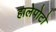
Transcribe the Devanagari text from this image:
हालेपोटो